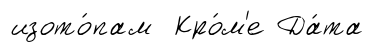
изото́пам Кро́м'е Да́та